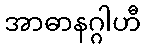
အာဓာနဂ္ဂါဟီ